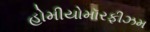
હોમીયોમૉરફીઝમ